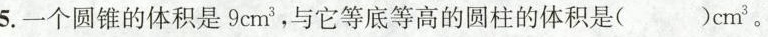
5.一个圆锥的体积是9cm3，与它等底等高的圆柱的体积是( )cm3。